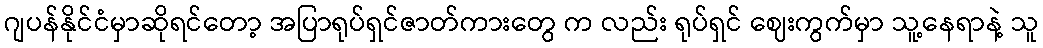
ဂျပန်နိုင်ငံမှာဆိုရင်တော့ အပြာရုပ်ရှင်ဇာတ်ကားတွေ က လည်း ရုပ်ရှင် ဈေးကွက်မှာ သူ့နေရာနဲ့ သူ